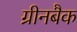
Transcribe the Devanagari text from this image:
ग्रीनबैक